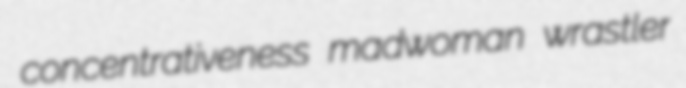
concentrativeness madwoman wrastler